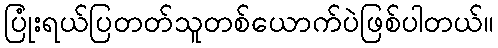
ပြုံးရယ်ပြတတ်သူတစ်ယောက်ပဲဖြစ်ပါတယ်။